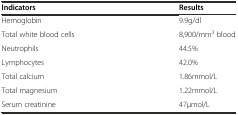
<table><thead><tr><td><b>Indicators</b></td><td><b>Results</b></td></tr></thead><tbody><tr><td>Hemoglobin</td><td>9.9g/dl</td></tr><tr><td>Total white blood cells</td><td>8,900/mm<sup>3</sup> blood</td></tr><tr><td>Neutrophils</td><td>44.5%</td></tr><tr><td>Lymphocytes</td><td>42.0%</td></tr><tr><td>Total calcium</td><td>1.86mmol/L</td></tr><tr><td>Total magnesium</td><td>1.22mmol/L</td></tr><tr><td>Serum creatinine</td><td>47μmol/L</td></tr></tbody></table>